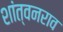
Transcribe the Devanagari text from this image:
शांत्वनराव